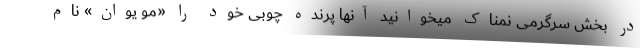
در بخش سرگرمی نمناک میخوانید آنها پرنده چوبی خود را «مو یوان» نام